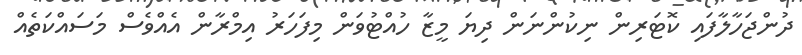
ދުންޖަހާލާފައި ކޮޓަރިން ނިކުންނަން ދިޔަ މީޒާ ހުއްޓުވަން މިފަހަރު އިމްރާން އެއްވެސް މަސައްކަތެއް